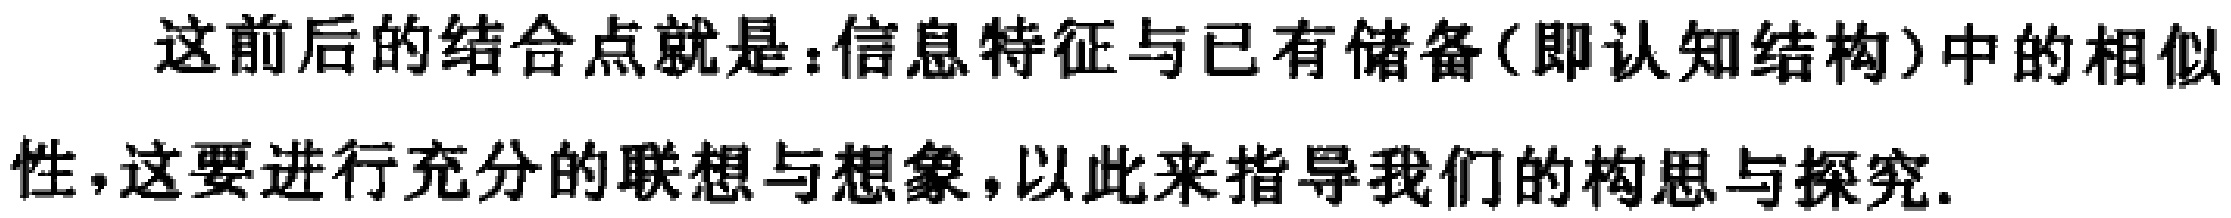
这前后的结合点就是：信息特征与已有储备(即认知结构)中的相似性，这要进行充分的联想与想象，以此来指导我们的构思与探究.